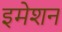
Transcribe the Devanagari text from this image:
इमेशन